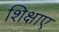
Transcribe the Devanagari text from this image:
शिक्षाए